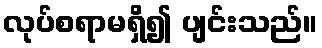
လုပ်စရာမရှိ၍ ပျင်းသည်။